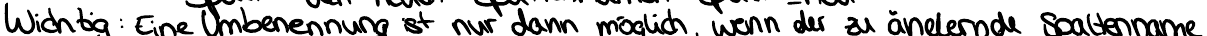
Wichtig: Eine Umbennung ist nur dann möglich, wenn der zu ändernde Spaltenname